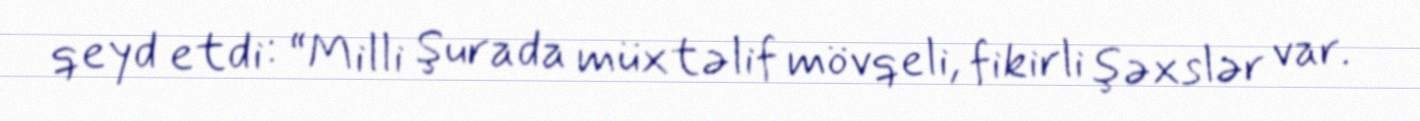
qeyd etdi: “Milli Şurada müxtəlif mövqeli, fikirli şəxslər var.